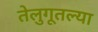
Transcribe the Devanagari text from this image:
तेलुगूतल्या